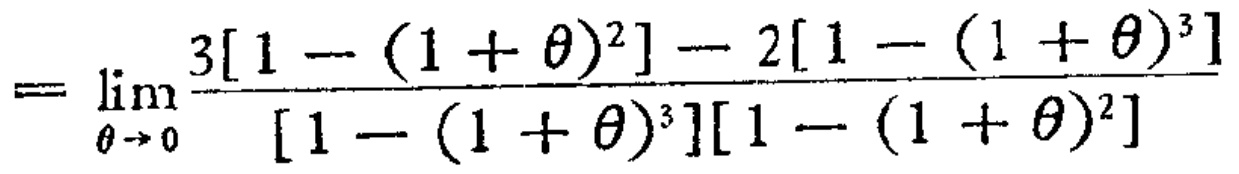
\[=\lim_{\theta \to 0} \frac{3[1 - (1 + \theta)^{2}] - 2[1 - (1 + \theta)^{3}]}{[1 - (1 + \theta)^{3}][1 - (1 + \theta)^{2}]}\]